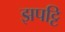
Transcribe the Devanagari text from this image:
झपट्टि